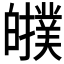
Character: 𤾷